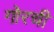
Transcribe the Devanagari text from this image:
गोरची